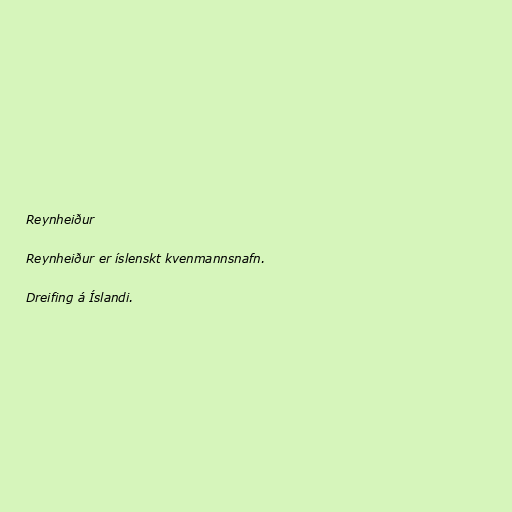
Reynheiður

Reynheiður er íslenskt kvenmannsnafn.

Dreifing á Íslandi.